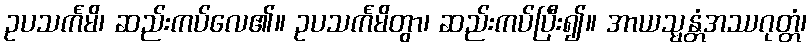
ဥပသင်္ကမိ၊ ဆည်းကပ်လေ၏။ ဥပသင်္ကမိတွာ၊ ဆည်းကပ်ပြီး၍။ အာယသ္မန္တံအဿဂုတ္တံ၊